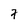
Character: 7